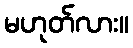
မဟုတ်လား။